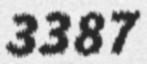
3387